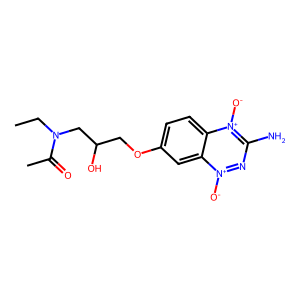
SMILES: CCN(CC(O)COc1ccc2c(c1)[n+]([O-])nc(N)[n+]2[O-])C(C)=O
Inhibits HIV replication: No